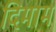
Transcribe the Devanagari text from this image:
दिमाम